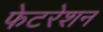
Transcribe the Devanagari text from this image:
फेटरेशन